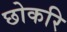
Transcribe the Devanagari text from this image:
छोकरि